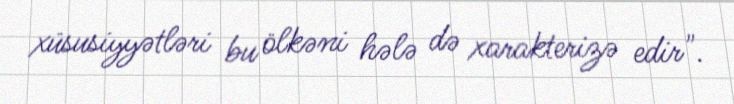
xüsusiyyətləri bu ölkəni hələ də xarakterizə edir".